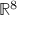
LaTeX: \mathbb { R } ^ { 8 }